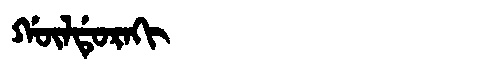
Manchu: ᡤᡡᠯᡩᡠᡵᠠᡴᡳ
Romanization: GŪLDURAKI